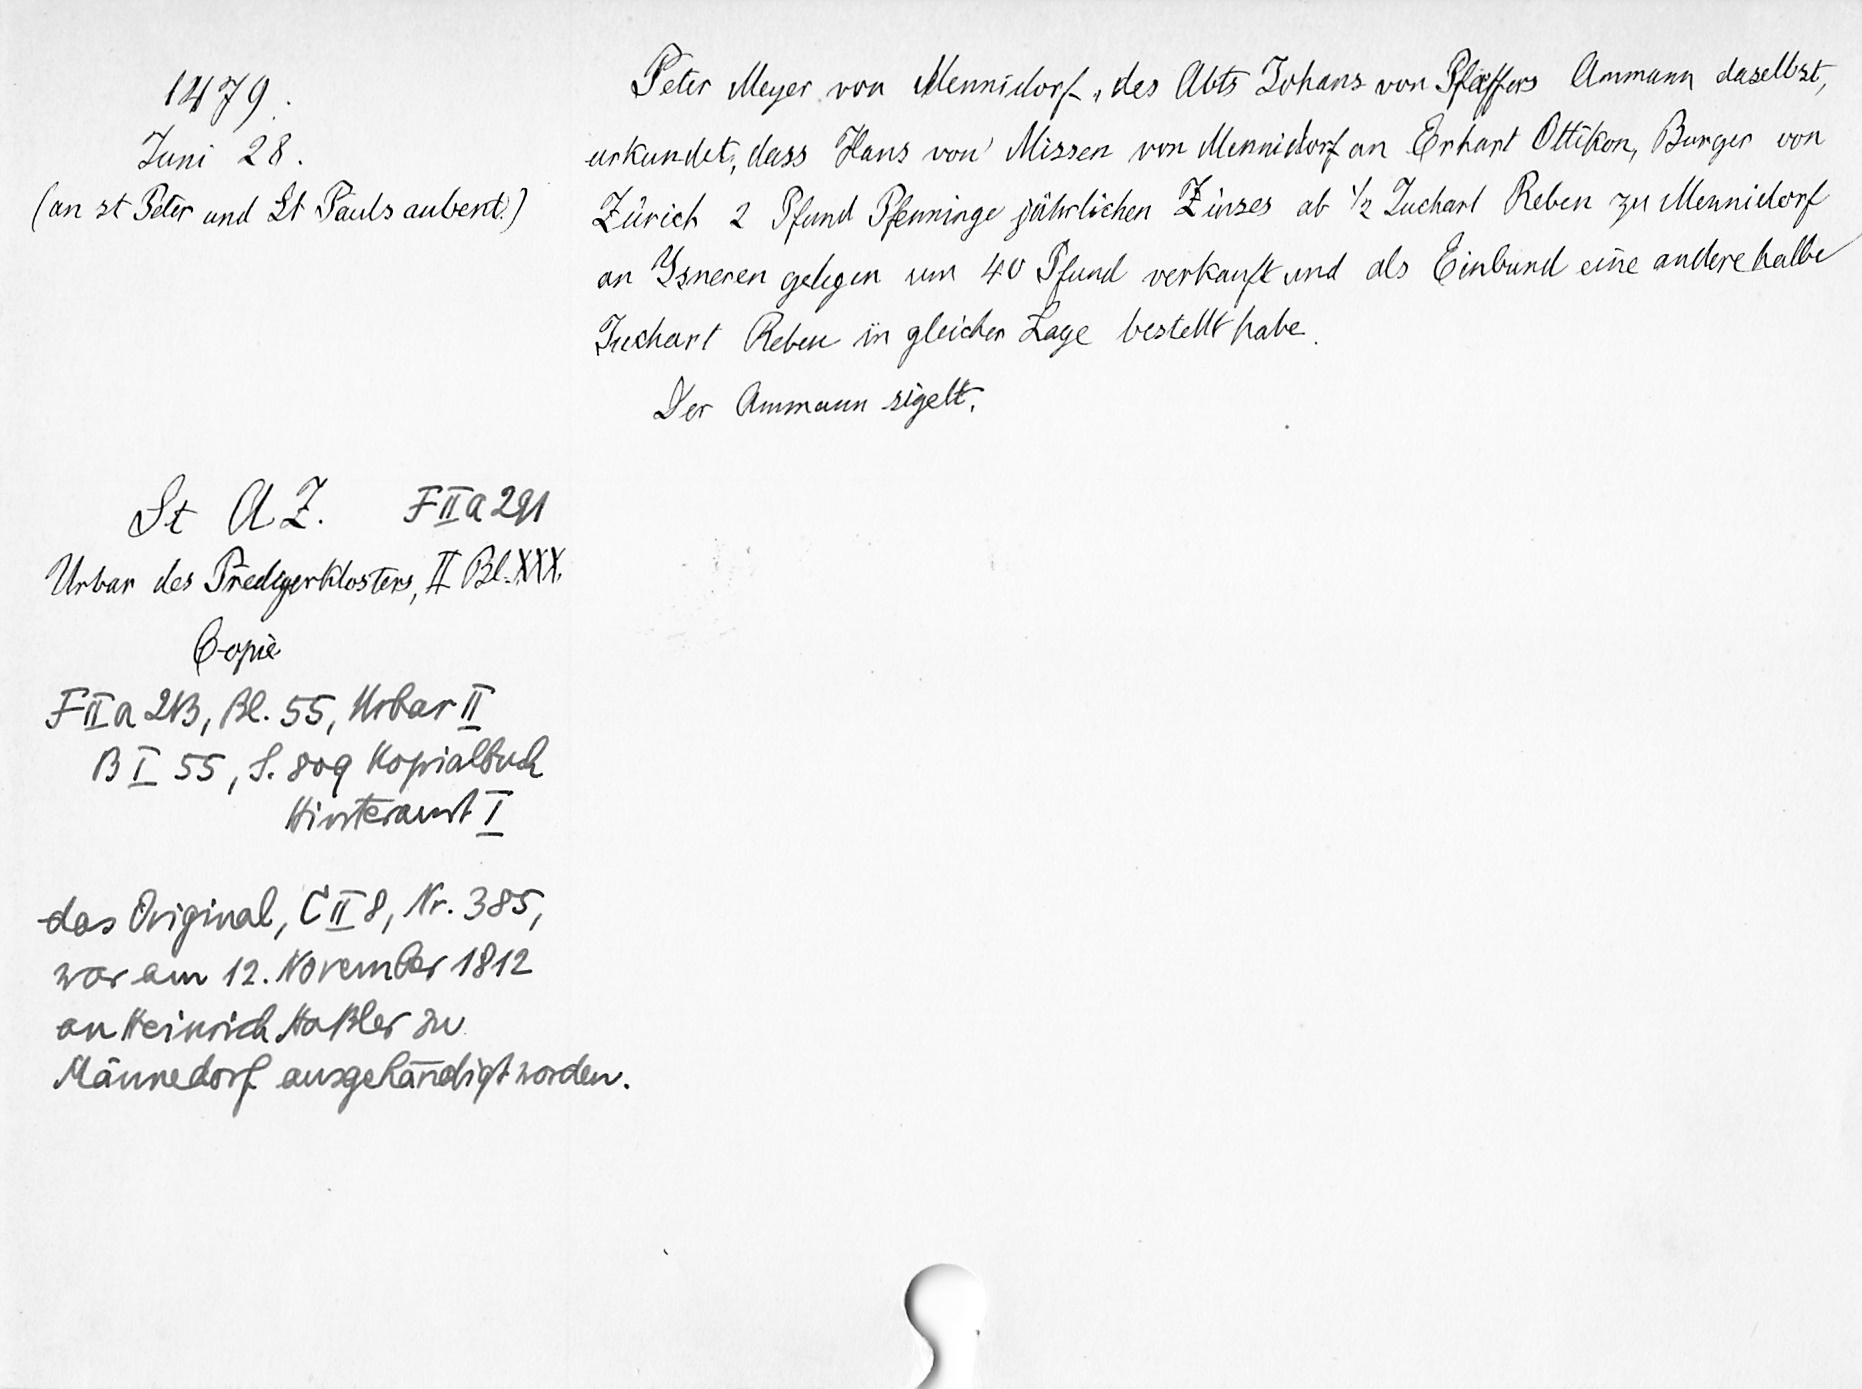
1479.
Juni 28.
(an st Peter und St Pauls aubent.)
St. A. Z. F II a 291
Urbar des Predigerklosters, II Bl. XXX.
Copie.
F II a 213, Bl. 55, Urbar II
B I 55, S. 809 Kopialbuch
Hinteramt I
das Original, C II 8, Nr. 385,
war am 12. November 1812
an Heinrich Haßler zu
Männedorf ausgehändigt worden.

Peter Meyer von Mennidorf, des Abts Johans von Pfaffers Ammann daselbst,
urkundet, dass Hans von Missen von Mennidorf an Erhart Ottikon, Burger von
Zürich 2 Pfund Pfenninge jährlichen Zinses ab 1/2 Juchart Reben zu Mennidorf
an Ysneren gelegen um 40 Pfund verkauft und als Einbund eine andere halbe
Juchart Reben in gleicher Lage bestellt habe.
Der Ammann sigelt.